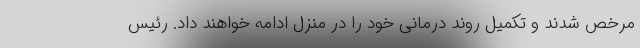
مرخص شدند و تکمیل روند درمانی خود را در منزل ادامه خواهند داد. رئیس